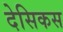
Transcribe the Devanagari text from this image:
देसिकस